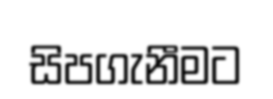
සිපගැනීමට